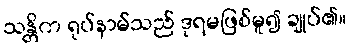
သန္တိက ရုပ်နာမ်သည် ဒုရမဖြစ်မူ၍ ချုပ်၏။